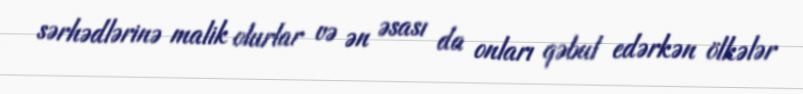
sərhədlərinə malik olurlar və ən əsası da onları qəbul edərkən ölkələr